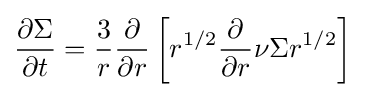
{\frac {\partial \Sigma }{\partial t}}={\frac {3}{r}}{\frac {\partial }{\partial r}}\left[r^{1/2}{\frac {\partial }{\partial r}}\nu \Sigma r^{1/2}\right]